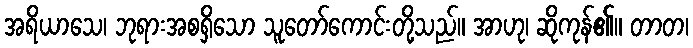
အရိယာသေ၊ ဘုရားအစရှိသော သူတော်ကောင်းတို့သည်။ အာဟု၊ ဆိုကုန်၏။ တာတ၊